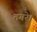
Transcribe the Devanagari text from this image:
तगरे।